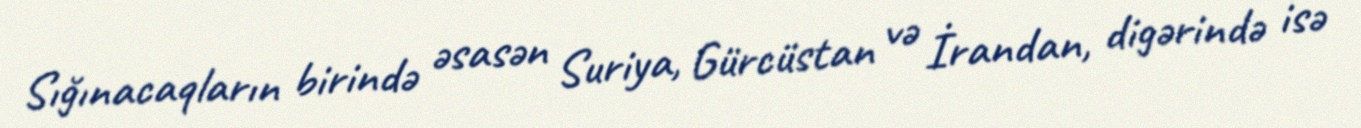
Sığınacaqların birində əsasən Suriya, Gürcüstan və İrandan, digərində isə